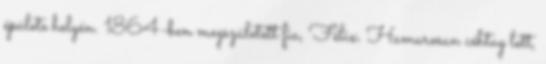
épülete helyén. 1864-ben megszületett fia, Félix. Hamarosan céhtag lett,